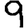
Digit: 9